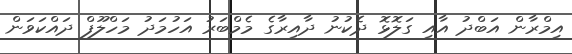
އިމްރާން އަބްދު އާއި ގަލޮޅޮ ދެކުނު ދާއިރާގެ މެެމްބަރު އަހުމަދު މަހްލޫފް ދައްކަވަން